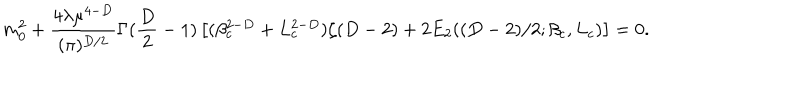
m _ { 0 } ^ { 2 } + \frac { 4 \lambda \mu ^ { 4 - D } } { ( \pi ) ^ { D / 2 } } \Gamma ( \frac { D } { 2 } - 1 ) \left[ ( \beta _ { c } ^ { 2 - D } + L _ { c } ^ { 2 - D } ) \zeta ( D - 2 ) + 2 E _ { 2 } ( ( D - 2 ) / 2 ; \beta _ { c } , L _ { c } ) \right] = 0 .